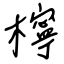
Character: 檸